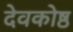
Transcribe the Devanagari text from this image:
देवकोष्ठ